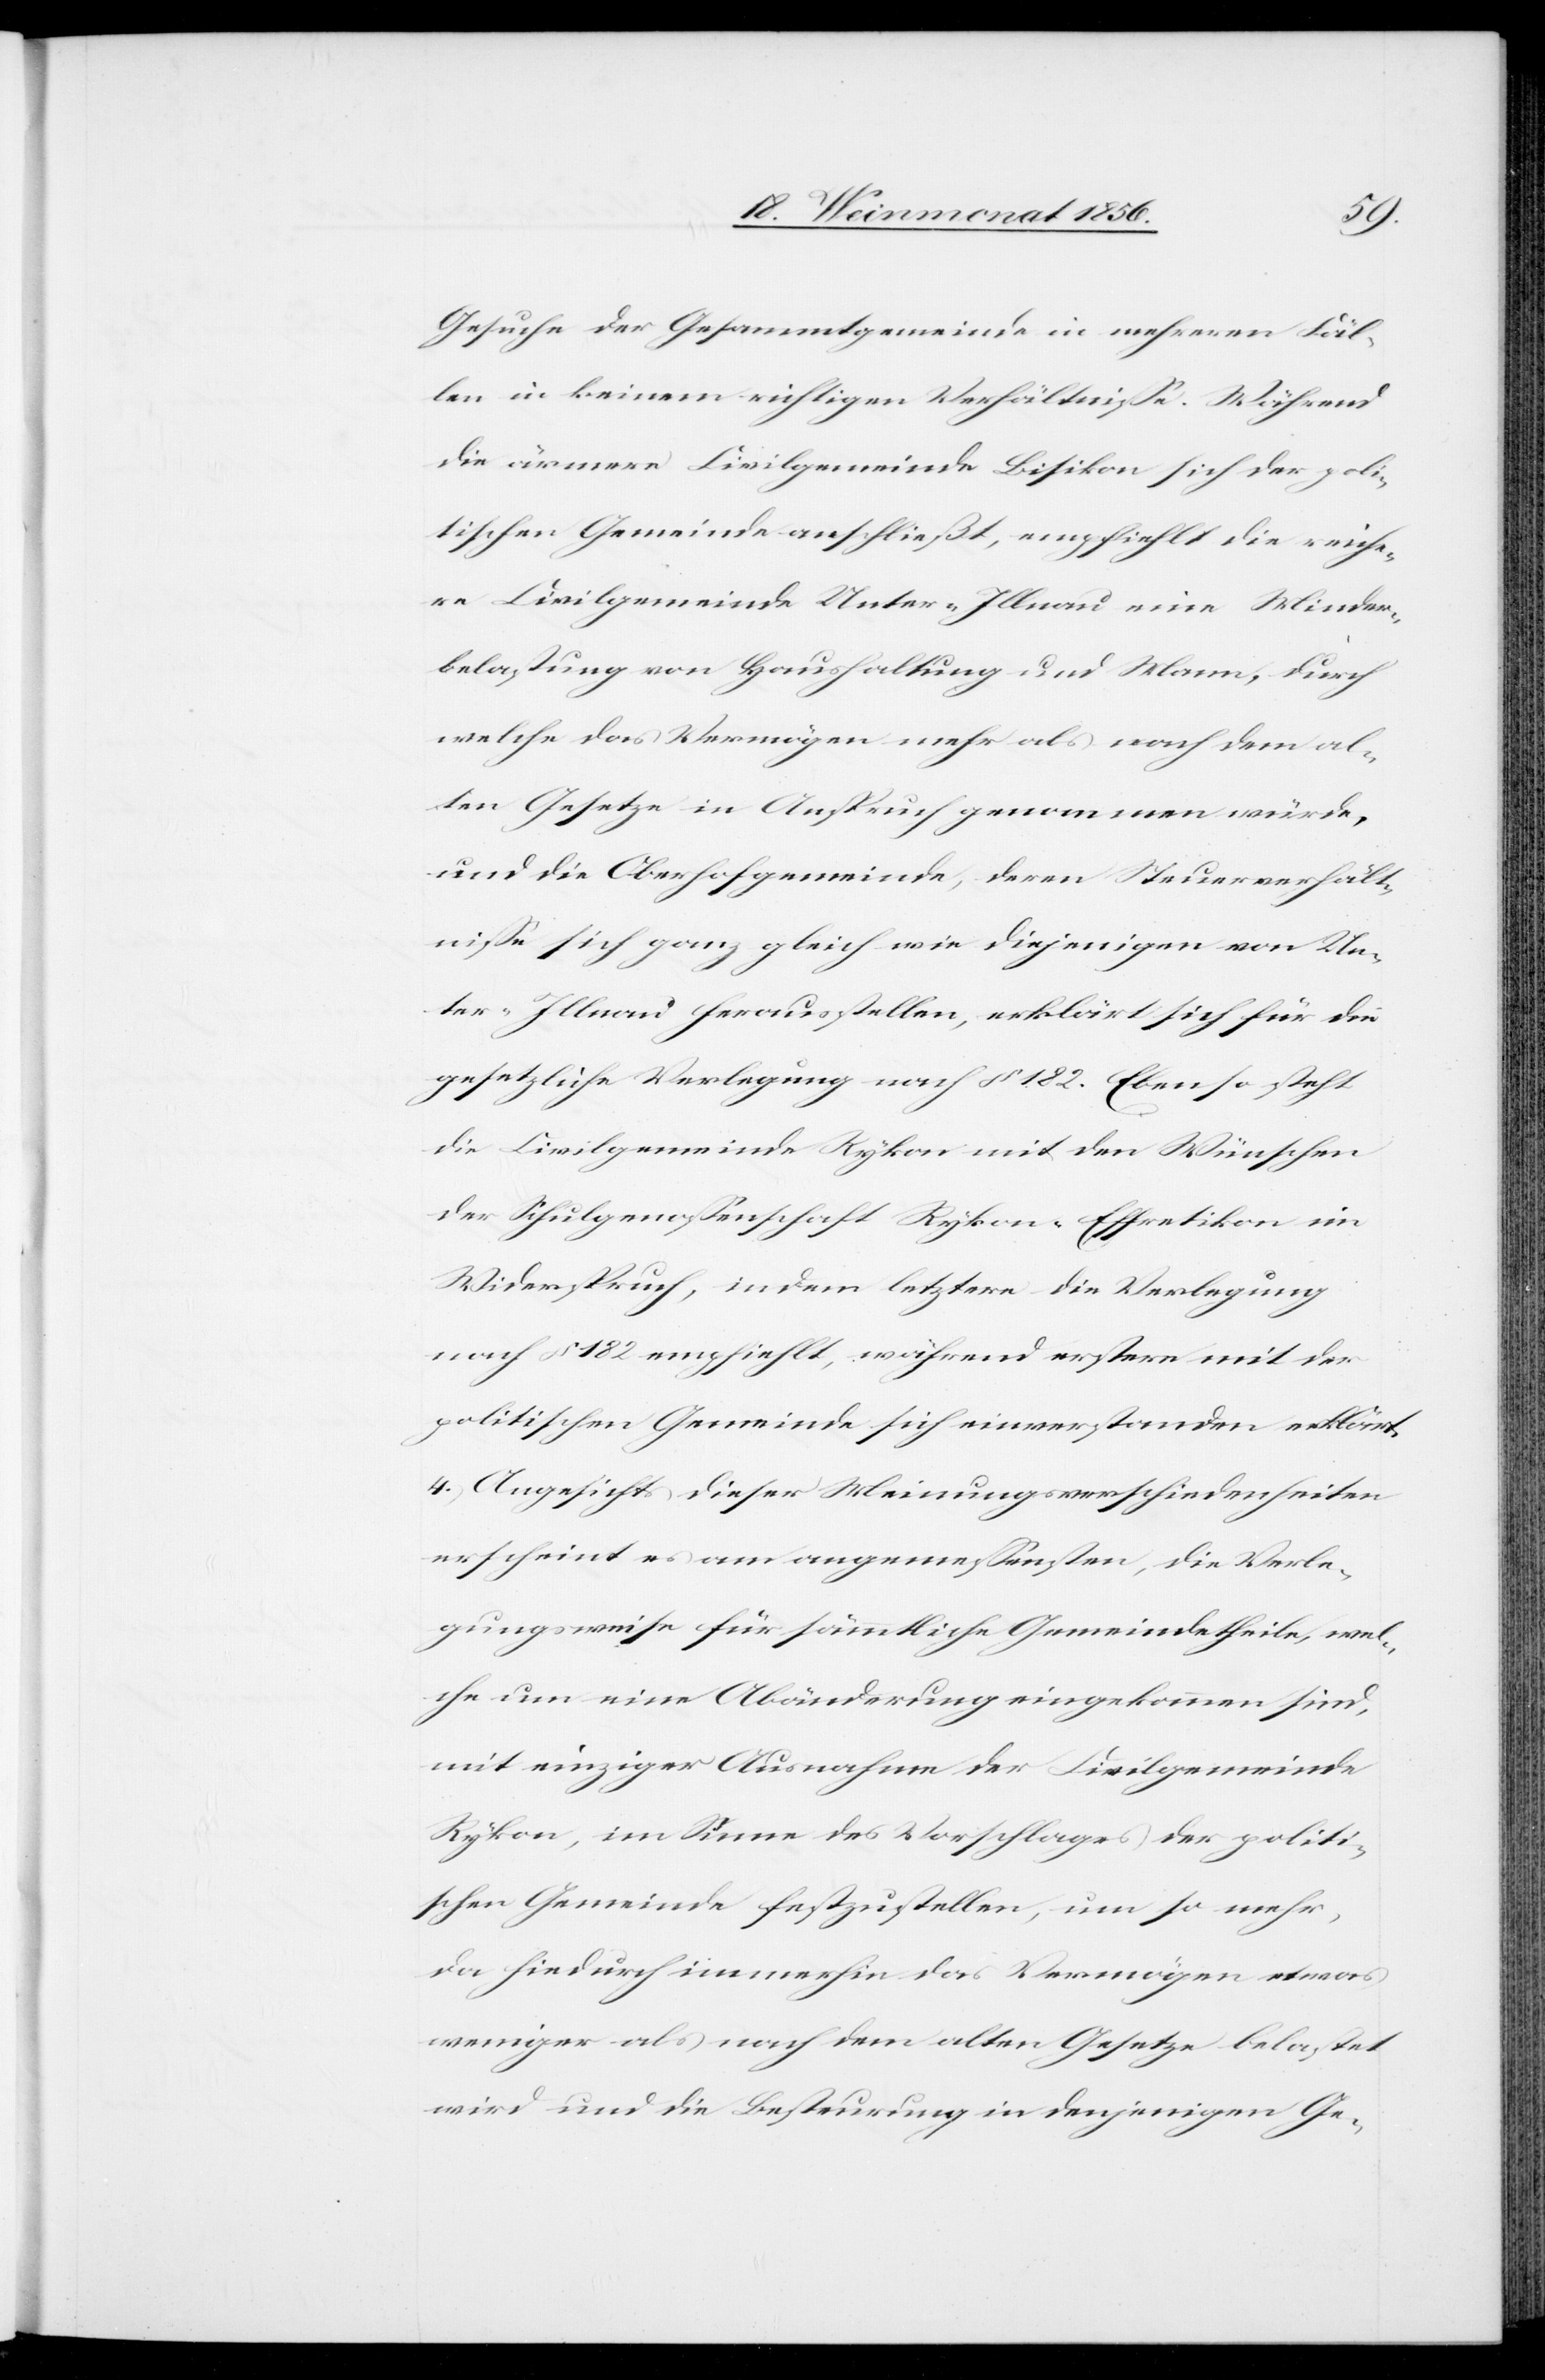
Gesuche der Gesammtgemeinde in mehreren Fäl¬
len in keinem richtigen Verhältnisse. Während
die ärmere Civilgemeinde Bisikon sich der poli¬
tischen Gemeinde anschließt, empfiehlt die reiche¬
re Civilgemeinde Unter-Illnau eine Minder¬
belastung von Haushaltung und Mann, durch
welche das Vermögen mehr als nach dem al¬
ten Gesetze in Anspruch genommen würde,
und die Oberhofgemeinde, deren Steuerverhält¬
nisse sich ganz gleich wie diejenigen von Un¬
ter-Illnau herausstellen, erklärt sich für die
gesetzliche Verlegung nach § 182. Ebenso steht
die Civilgemeinde Rykon mit den Wünschen
der Schulgenossenschaft Rykon-Effretikon im
Widerspruch, indem letztere die Verlegung
nach § 182 empfiehlt, während erstere mit der
politischen Gemeinde sich einverstanden erklärt.
4.) Angesichts dieser Meinungsverschiedenheiten
erscheint es am angemessensten, die Verle¬
gungsweise für sämmtliche Gemeindetheile, wel¬
che um eine Abänderung eingekommen sind,
mit einziger Ausnahme der Civilgemeinde
Rykon, im Sinne des Vorschlages der politi¬
schen Gemeinde festzustellen, um so mehr,
da hiedurch immerhin das Vermögen etwas
weniger als nach dem alten Gesetze belastet
wird und die Besteurung in denjenigen Ge-